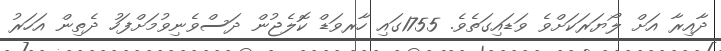
ދާއިރާ އަށް ލޯޔަރަކަށްވެ ވަޑައިގަތެވެ. 1755ގައި ހާރވަޑް ކޮލެޖުން ދަސްވެނިވުމަށްފަހު ދެތިން އަހަރު